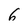
Character: 6